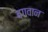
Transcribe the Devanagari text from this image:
बगवान